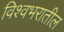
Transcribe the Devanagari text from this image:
विश्वभरातील